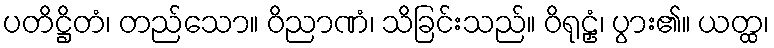
ပတိဋ္ဌိတံ၊ တည်သော။ ဝိညာဏံ၊ သိခြင်းသည်။ ဝိရုဠှံ၊ ပွား၏။ ယတ္ထ၊